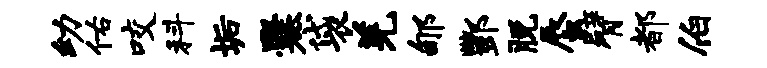
幼佑咬科垢爨袋羌郇酆脱蜃臂都伯